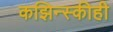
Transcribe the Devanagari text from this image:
कझिन्स्कीही